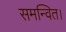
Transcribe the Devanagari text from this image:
समन्वित।